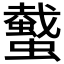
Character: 𧓤